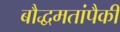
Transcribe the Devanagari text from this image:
बौद्धमतांपैकी